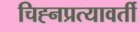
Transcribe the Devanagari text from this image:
चिह्नप्रत्यावर्ती